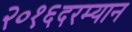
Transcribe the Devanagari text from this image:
२०१६दरम्यान